Mental hospitals Bombay report 1921-28 - 1921-1928
Year: 1921
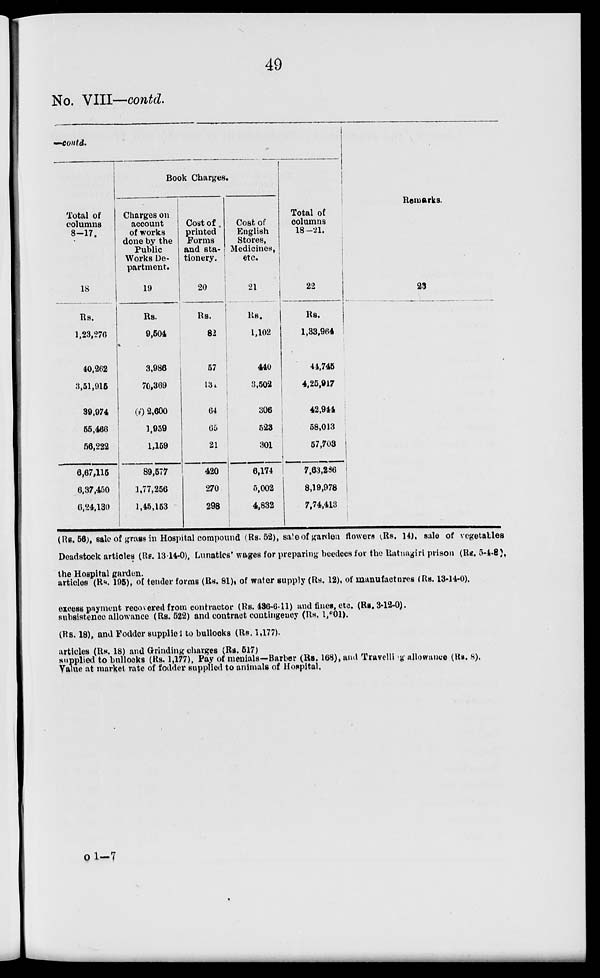
49
No. VIII—contd.
—contd.
Total of
columns
8-17.
18
Rs.
1,23,276
40,262
3,51,915
39,974
55,466
56,222
6,67,115
6,37,450
6,24,130
Book Charges.
Charges on
account
of works
done by the
Public
Works De-
partment.
19
Rs.
9,504
3,986
70,369
(i) 2,600
1,959
1,159
89,577
1,77,256
1,45,153
Cost of
printed
Forms
and sta-
tionery.
20
Rs.
82
57
131
64
65
21
420
270
298
Cost of
English
Stores,
Medicines,
etc.
21
Rs.
1,102
440
3,502
306
523
301
6,174
5,002
4,832
Total of
columns
18 —21.
22
Rs.
1,33,964
44,745
4,25,917
42,944
58,013
57,703
7,63,286
8,19,978
7,74,413
Remarks.
23
(Rs. 56), sale of grass in Hospital compound (Rs. 52), sale of garden flowers (Rs. 14), sale of vegetables
Deadstock articles (Rs. 13-14-0), Lunatics' wages for preparing beedees for the Ratnagiri prison (Rs. 5-4-8),
the Hospital garden.
articles (Rs. 195), of tender forms (Rs. 81), of water supply (Rs. 12), of manufactures (Rs. 13-14-0).
excess payment recovered from contractor (Rs. 436-6-11) and fines, etc. (Rs. 3-12-0).
subsistence allowance (Rs. 522) and contract contingency (Rs. 1,601).
(Rs. 18), and Fodder supplied to bullocks (Rs. 1,177).
articles (Rs. 18) and Grinding charges (Rs. 517)
supplied to bullocks (Rs. 1,177), Pay of menials—Barber (Rs. 168), and Travelling allowance (Rs. 8).
Value at market rate of fodder supplied to animals of Hospital.
o 1—7